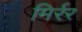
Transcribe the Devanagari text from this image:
मिर्रर